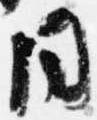
同